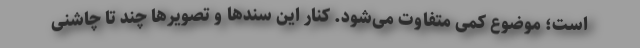
است؛ موضوع کمی متفاوت می‌شود. کنار این سندها و تصویرها چند تا چاشنی